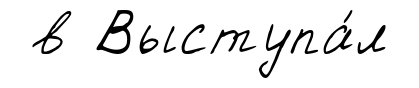
в Выступа́л